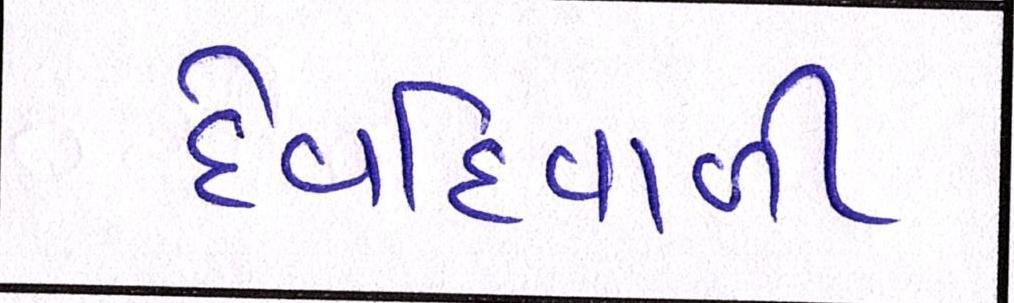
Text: દેવદિવાળી